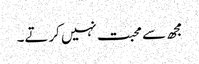
مجھ سے محبت نہیں کرتے۔